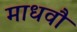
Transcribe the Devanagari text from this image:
माधवौ